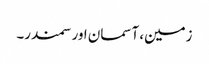
زمین، آسمان اور سمندر۔